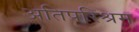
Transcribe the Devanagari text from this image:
अतिपरिश्रम